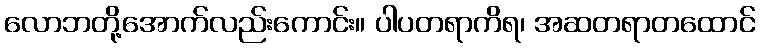
လောဘတို့အောက်လည်းကောင်း။ ပါပတရာကိရ၊ အဆတရာတထောင်